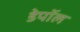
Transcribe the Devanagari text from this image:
डेपॉल